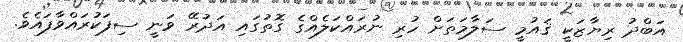
އަބްދު ރިޔާޒަކީ ޤައުމީ ސަލާމަތަށް ހުރި ނުރައްކަލެއްގެ ގޮތުގައި އަދުރޭ ވަނީ ސިފަކުރައްވާފައެވެ.